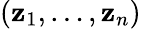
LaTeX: \left(\mathbf{z}_{1},\ldots,\mathbf{z}_{n}\right)